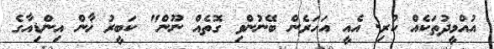
އުއްމީދުތަކެއް ކުރި. އެއީ އަހަރެން ބޭނުންވި ގޮތެއް ނޫން" ކަބީރު ޚާން އިންޑިއާގެ